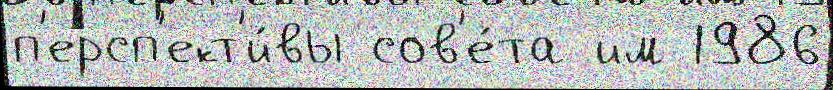
п'ерсп'ект'и́вы сов'е́та им 1986